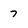
Character: 7